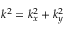
k ^ { 2 } = k _ { x } ^ { 2 } + k _ { y } ^ { 2 }